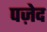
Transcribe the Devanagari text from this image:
पज़ेद